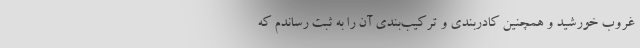
غروب خورشید و همچنین کادربندی و ترکیب‌بندی آن را به ثبت رساندم که